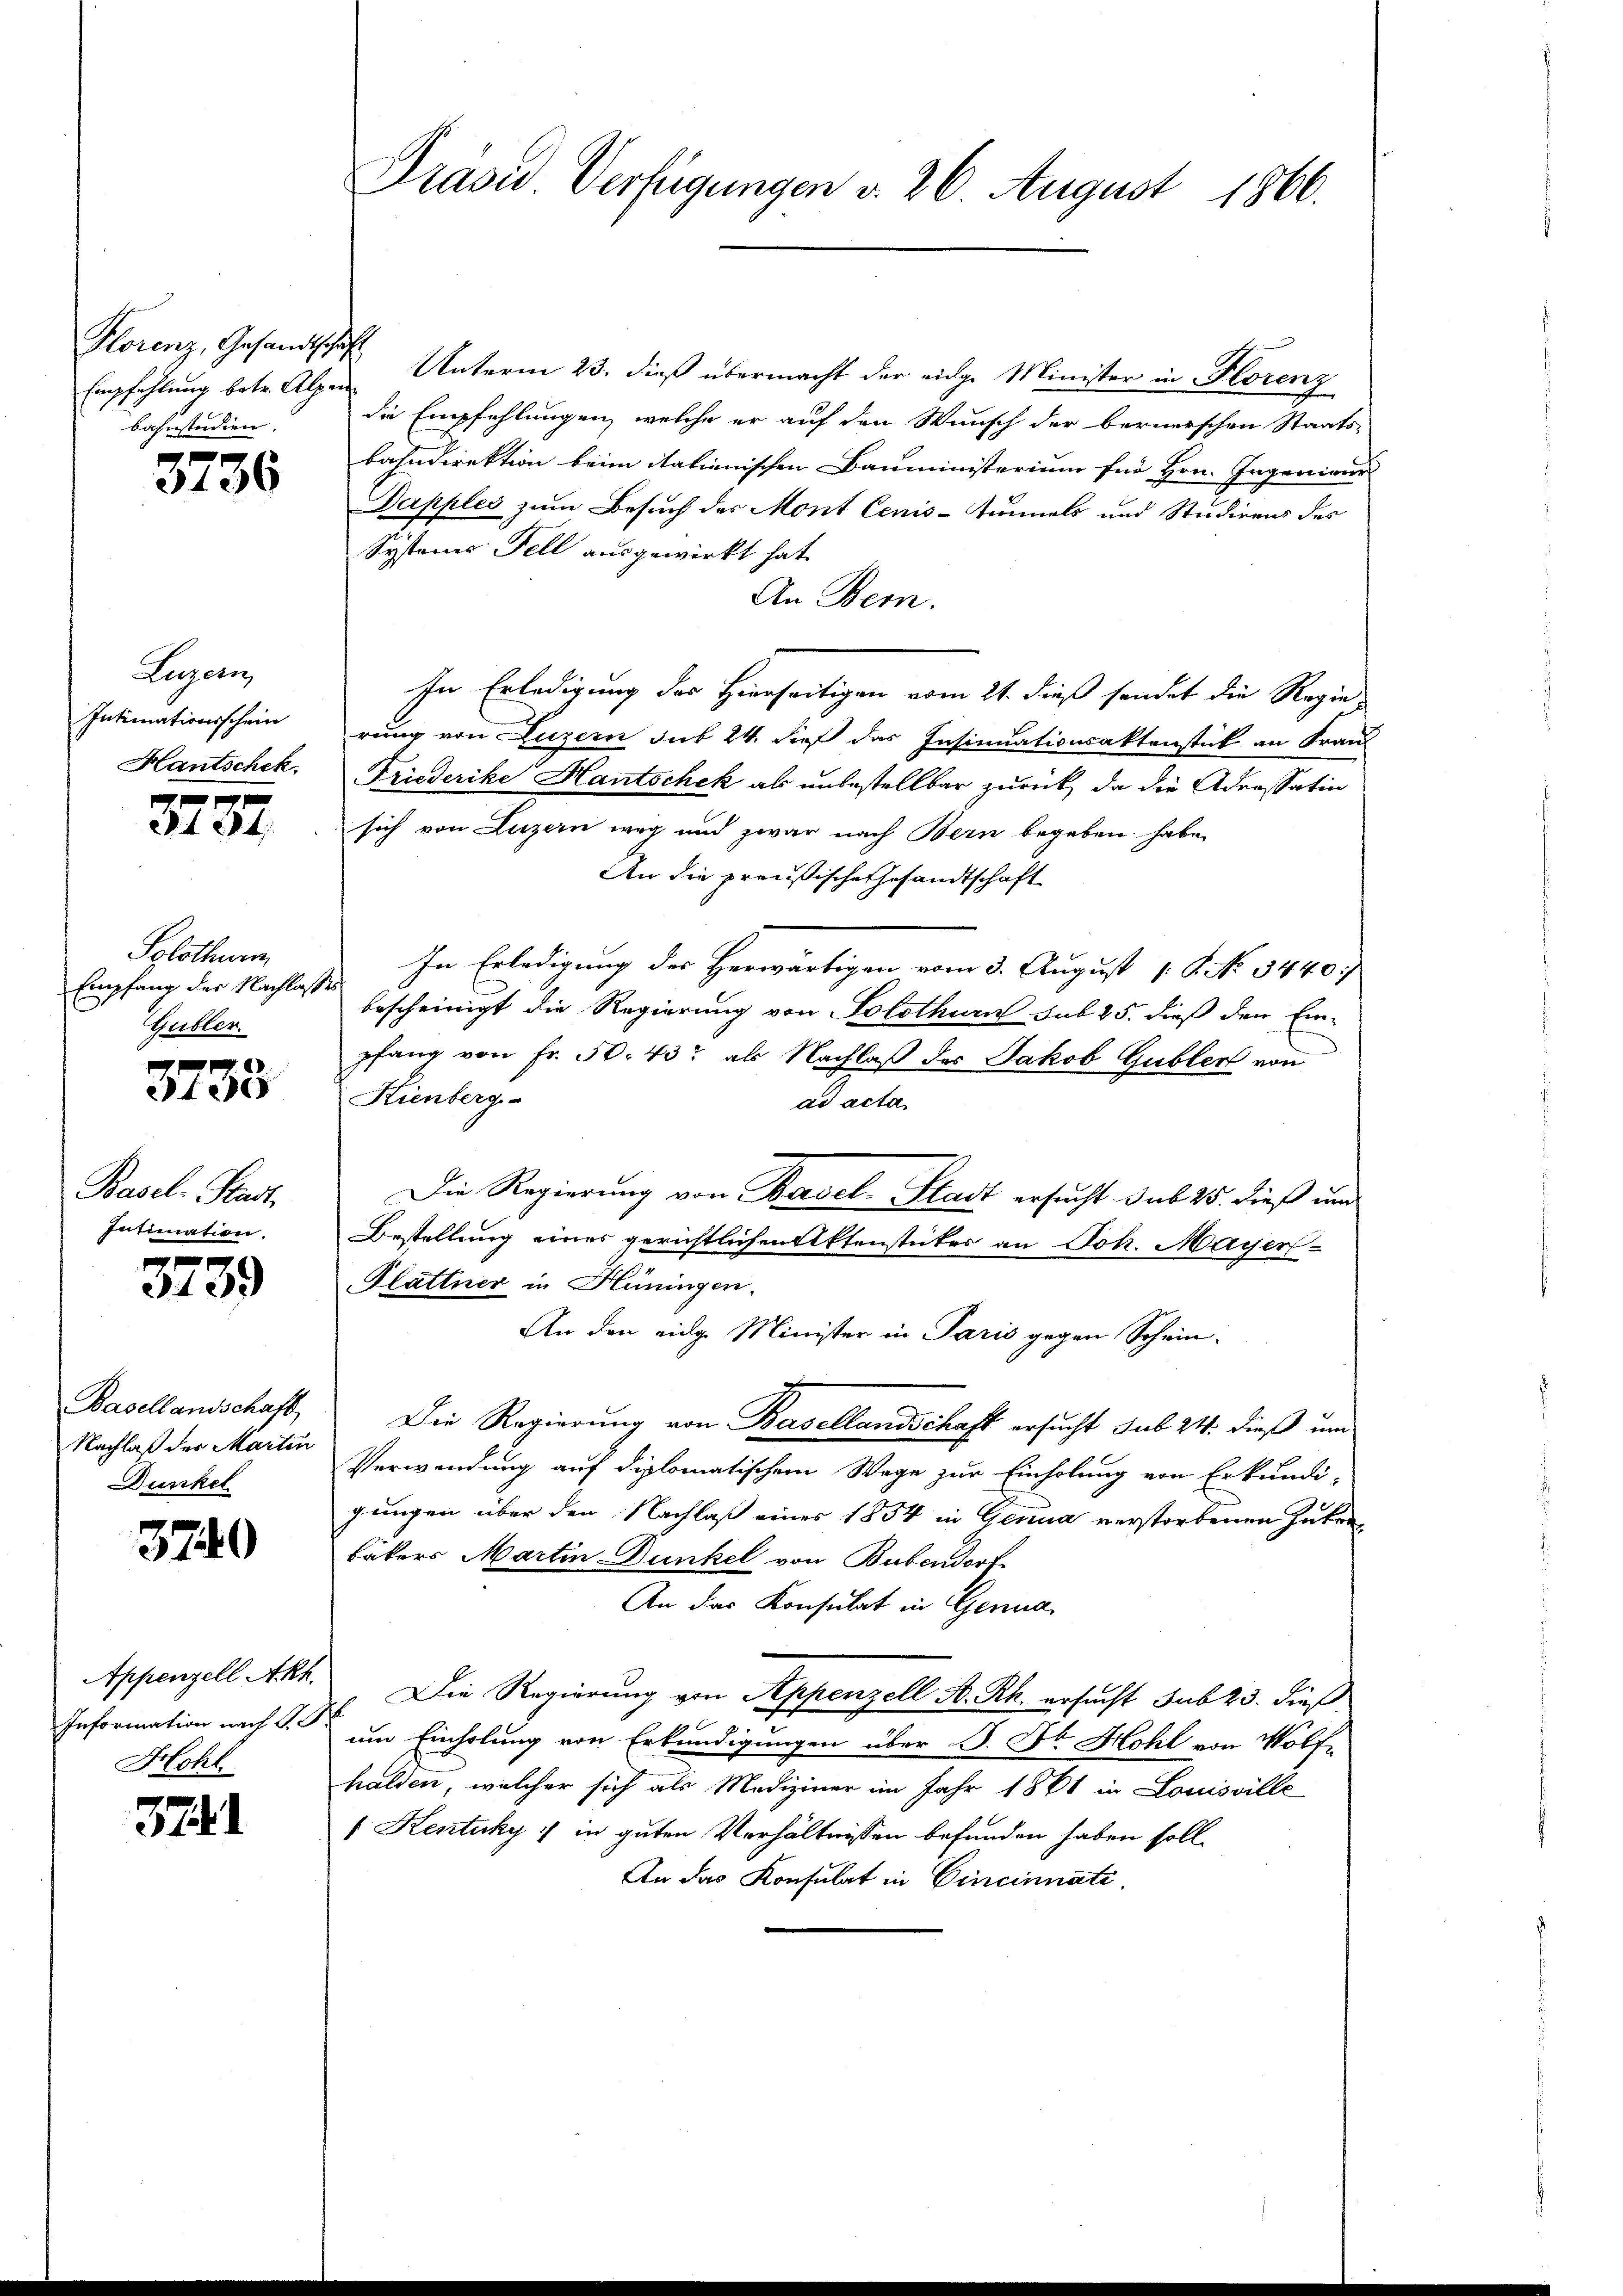
Florenz, Gesandtschaft
bahnstudien.

f
3136

Luzern,
Intimationsschein
Hantschek.

3737.

Solothurm
Empfang der Nachlasses
Gubler.

3738

Basel-Stadt
Intimation.
x

3139

Basellandschaft
Nachlaß der Martin
Dunkel

3740

Appenzell Akt.
Information nach S.
Hohl

3741

Empfehlung betr. Alpen Unterm 23. dieß übermacht der eidge Minister in Florenz
die Empfehlungen, welche er auf den Wunsch der bernerschen Staats-
bahndirektion beim italienischen Bauministerium für Hrn. Ingenieur
Dapples zum Besuch des Mont Cenis-Tunnels und Studirens des
Systems Fell ausgewirkt hat.
An Bern.
In Erledigung des Hierseitigen vom 21. dieß sendet die Regie
rung von Luzern sub 24. dieß das Insinuationsaktenstick an Frau
Friederike Hantschek als unbestellbar zurück, da die Adressatio
sich von Luzern weg und zwar nach Bern begeben habe.
An die preußische Gesandtschaft
In Erledigung des Herwärtigen vom 3. August 18. No 3440/
bescheinigt die Regierung von Solothurn sub 25. dieß den Einpfang von Fr. 50. 43 als Nachlaß des Jakob Gubler von
Kienberg
ad acta
Die Regierung von Basel-Stadt ersucht sub 25. dieß und
Bestellung eines gerichtlichen Aktenstücker an Joh. Mayer
Plattner in Hüningen.
An den eidg. Minister in Paris gegen Schein-
Die Regierung von Basellandschaft ersucht sub 24. dieß und
Verwendung auf diplomatischem Wege zur Einholung von Erkundi-
jungen über den Nachlaß eines 1854 in Genua verstorbenen Zukerbäkers Martin Dunkel von Bubendorf
An das Konsulat in Genua
Die Regierung von Seppenzell A. Rh. ersucht sub 23. dießf
um Einholung von Erkundigungen über P. Dr. Hohl von Wölfe
halden, welcher sich als Mediziner im Jahr 1861 in Louisville
 Kentuky :/ in guten Verhältnissen befunden haben soll.
An das Konsulat in Cincinnate.

Präsid Verfügungen v. 26. August 1866.